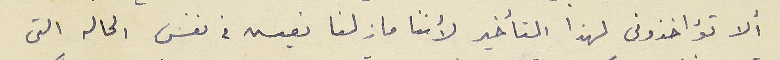
ألا تؤاخذوني لهذا التأخير لأننا مازلنا نعيس فى نفس الحاله التى